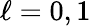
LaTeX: \ell=0,1